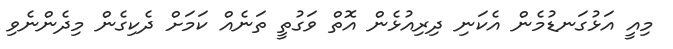
މިއީ އަޅުގަނޑުމެން އެކަނި ދިރިއުޅެން އޮތް ވަގުތީ ތަނެއް ކަމަށް ދެކިގެން މިދެންނެވި